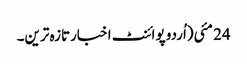
24 مئی(اُردو پوائنٹ اخبارتازہ ترین۔